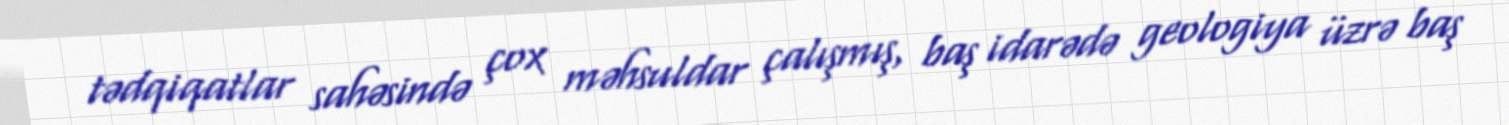
tədqiqatlar sahəsində çox məhsuldar çalışmış, baş idarədə geologiya üzrə baş